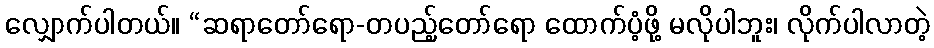
လျှောက်ပါတယ်။ “ဆရာတော်ရော-တပည့်တော်ရော ထောက်ပံ့ဖို့ မလိုပါဘူး၊ လိုက်ပါလာတဲ့